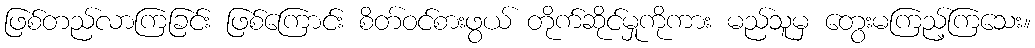
ဖြစ်တည်လာကြခြင်း ဖြစ်ကြောင်း စိတ်ဝင်စားဖွယ် တိုက်ဆိုင်မှုကိုကား မည်သူမှ တွေးမကြည့်ကြသေး။